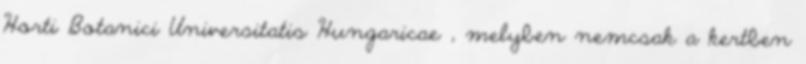
Horti Botanici Universitatis Hungaricae , melyben nemcsak a kertben